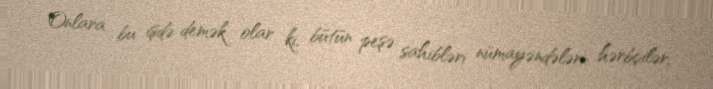
Onlara bu işdə demək olar ki, bütün peşə sahibləri nümayəndələri: hərbçilər,